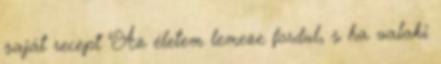
saját recept "Az életem lemeze fordul, s ha valaki